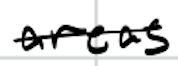
Text: areas
Cross-out: single-line
Writing tool: digital_black